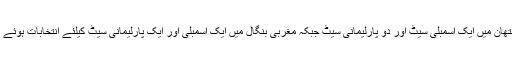
راجستھان میں ایک اسمبلی سیٹ اور دو پارلیمانی سیٹ جبکہ مغربی بنگال میں ایک اسمبلی اور ایک پارلیمانی سیٹ کیلئے انتخابات ہوئے تھے۔